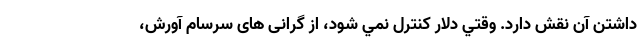
داشتن آن نقش دارد. وقتي دلار كنترل نمي شود، از گرانی های سرسام آورش،